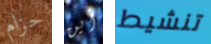
حزام أين تنشيط